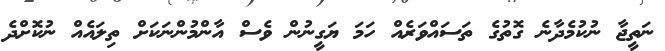
ނަތީޖާ ނުކުމެދާނެ ގޮތުގެ ތަސައްވަރެއް ހަމަ ޔަގީނުން ވެސް އާންމުންނަކަށް ތިލައެއް ނުކޮށްދެ